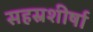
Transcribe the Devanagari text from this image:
सहस्रशीर्षा